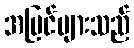
အမြင်များသည်